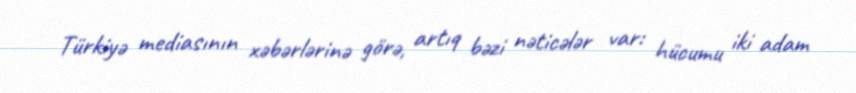
Türkiyə mediasının xəbərlərinə görə, artıq bəzi nəticələr var: hücumu iki adam